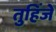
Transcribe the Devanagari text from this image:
तुहिंजे